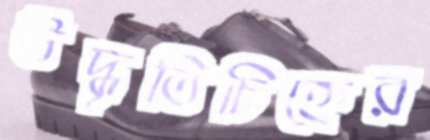
উদ্ধৃতিচিহ্নের